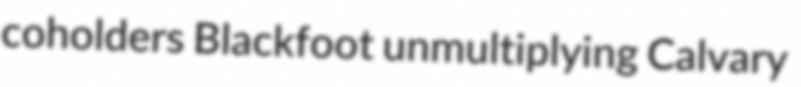
coholders Blackfoot unmultiplying Calvary